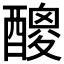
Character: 𨢼